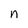
Character: n